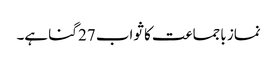
نماز باجماعت کا ثواب 27 گنا ہے۔